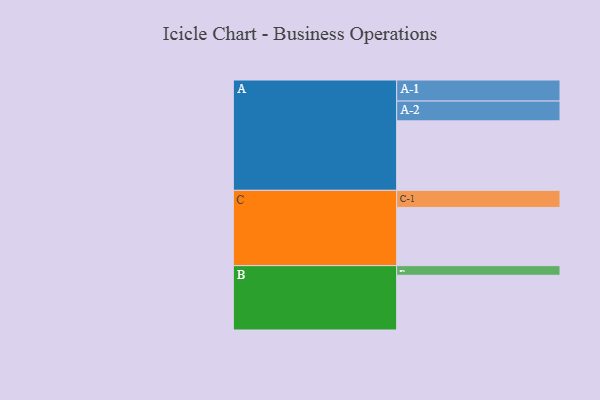
{"axis": {"x": "Segment", "y": "Value"}, "legend": ["", "A", "B", "C"], "data": [{"x": "A", "y": 565, "type": ""}, {"x": "B", "y": 445, "type": ""}, {"x": "C", "y": 473, "type": ""}, {"x": "A-1", "y": 171, "type": "A"}, {"x": "A-2", "y": 161, "type": "A"}, {"x": "B-1", "y": 78, "type": "B"}, {"x": "C-1", "y": 139, "type": "C"}]}